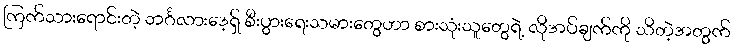
ကြက်သားရောင်းတဲ့ ဘင်္ဂလားဒေ့ရှ် စီးပွားရေးသမားတွေဟာ စားသုံးသူတွေရဲ့ လိုအပ်ချက်ကို သိတဲ့အတွက်